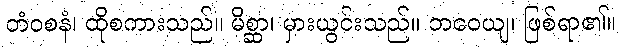
တံဝစနံ၊ ထိုစကားသည်။ မိစ္ဆာ၊ မှားယွင်းသည်။ ဘဝေယျ၊ ဖြစ်ရာ၏။